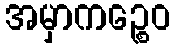
အမှာကဉ္စေဝ